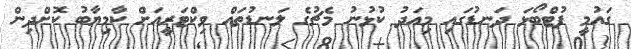
ގައުމީ ފުޓްބޯޅަ ދަނޑުގައި މިއަދު ކުޅުނު މެޗުގެ ލަނޑުތައް ވިކްޓަރީއަށް ކާމިޔާބު ކޮށްދިން